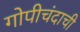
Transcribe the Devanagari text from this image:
गोपीचंदाची